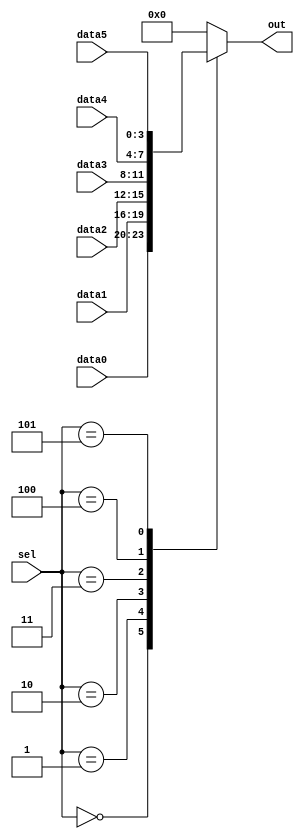
// This program was cloned from: https://github.com/viduraakalanka/HDL-Bits-Solutions
// License: The Unlicense

// synthesis verilog_input_version verilog_2001
module top_module ( 
    input [2:0] sel, 
    input [3:0] data0,
    input [3:0] data1,
    input [3:0] data2,
    input [3:0] data3,
    input [3:0] data4,
    input [3:0] data5,
    output reg [3:0] out   );//

    always@(*) begin  // This is a combinational circuit
        case(sel)
            3'b000: out = data0;
            3'b001: out = data1;
            3'b010: out = data2;
            3'b011: out = data3;
            3'b100: out = data4;
            3'b101: out = data5;
            default: out = 4'b0000;
        endcase
    end

endmodule